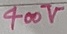
Text: 400V